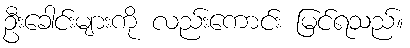
ဦးခေါင်းများကို လည်းကောင်း မြင်ရသည်။